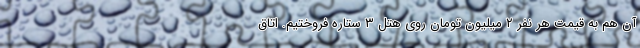
آن هم به قیمت هر نفر ۲ میلیون تومان روی هتل ۳ ستاره فروختیم. اتاق